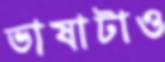
ভাষাটাও